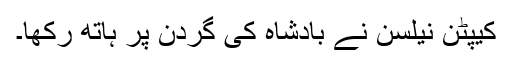
کیپٹن نیلسن نے بادشاہ کی گردن پر ہاتھ رکھا۔